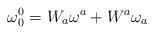
LaTeX: \begin{align*}\mathbf{\omega }_{0}^{0}=W_{a}\mathbf{\omega }^{a}+W^{a}\mathbf{\omega }_{a}\end{align*}